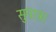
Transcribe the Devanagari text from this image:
सुपात्र।